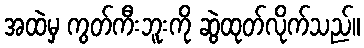
အထဲမှ ကွတ်ကီးဘူးကို ဆွဲထုတ်လိုက်သည်။